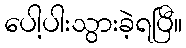
ပေါ့ပါးသွားခဲ့ရပြီ။